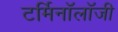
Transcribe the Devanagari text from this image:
टर्मिनाॅलाॅजी